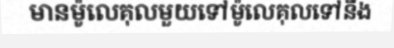
មានម៉ូលេគុលមួយទៅម៉ូលេគុលទៅនឹង